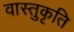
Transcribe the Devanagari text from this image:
वास्तुकृति